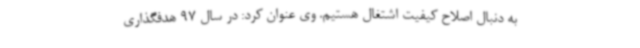
به دنبال اصلاح کیفیت اشتغال هستیم. وی عنوان کرد: در سال 97 هدفگذاری